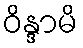
ဝိန္ဒာမိ